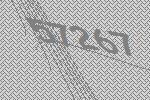
57267